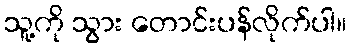
သူ့ကို သွား တောင်းပန်လိုက်ပါ။